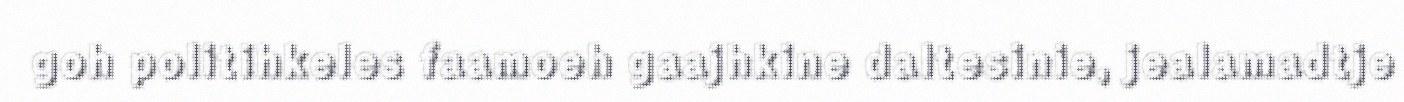
goh politihkeles faamoeh gaajhkine daltesinie, jealamadtje